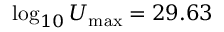
\log _ { 1 0 } U _ { \mathrm { m a x } } = 2 9 . 6 3